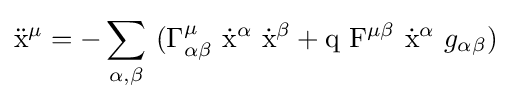
{\rm {{\ddot {x}}^{\mu }=-\sum _{\alpha ,\beta }\ (\Gamma _{\alpha \beta }^{\mu }\ {\dot {x}}^{\alpha }\ {\dot {x}}^{\beta }+q\ {\rm {F}}^{\mu \beta }\ {\rm {\dot {x}}}^{\alpha }}}\ g_{\alpha \beta })